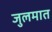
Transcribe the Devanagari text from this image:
जुलमात